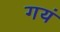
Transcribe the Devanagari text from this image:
गयं